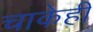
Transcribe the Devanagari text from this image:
चाकेही